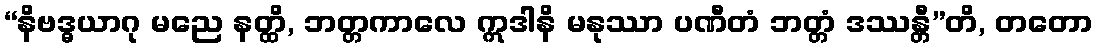
“နိဗဒ္ဓယာဂု မညေ နတ္ထိ, ဘတ္တကာလေ ဣဒါနိ မနုဿာ ပဏီတံ ဘတ္တံ ဒဿန္တီ”တိ, တတော